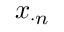
x _ { \cdot n }